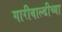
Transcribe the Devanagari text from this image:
गारीबाल्डीच्या